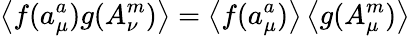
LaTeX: \left\langle f(a_{\mu}^{a})g(A_{\nu}^{m})\right\rangle=\left\langle f(a_{\mu}^{a})\right\rangle\left\langle g(A_{\mu}^{m})\right\rangle